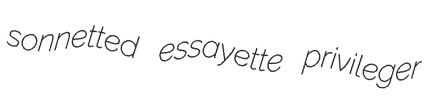
sonnetted essayette privileger